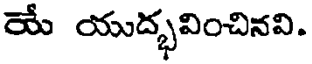
యే యుద్భవించినవి.